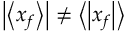
\left| \left< x _ { f } \right> \right| \neq \left< \left| x _ { f } \right| \right>